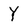
Character: Y